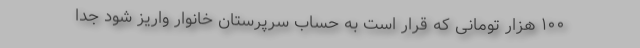
۱۰۰ هزار تومانی که قرار است به حساب سرپرستان خانوار واریز شود جدا